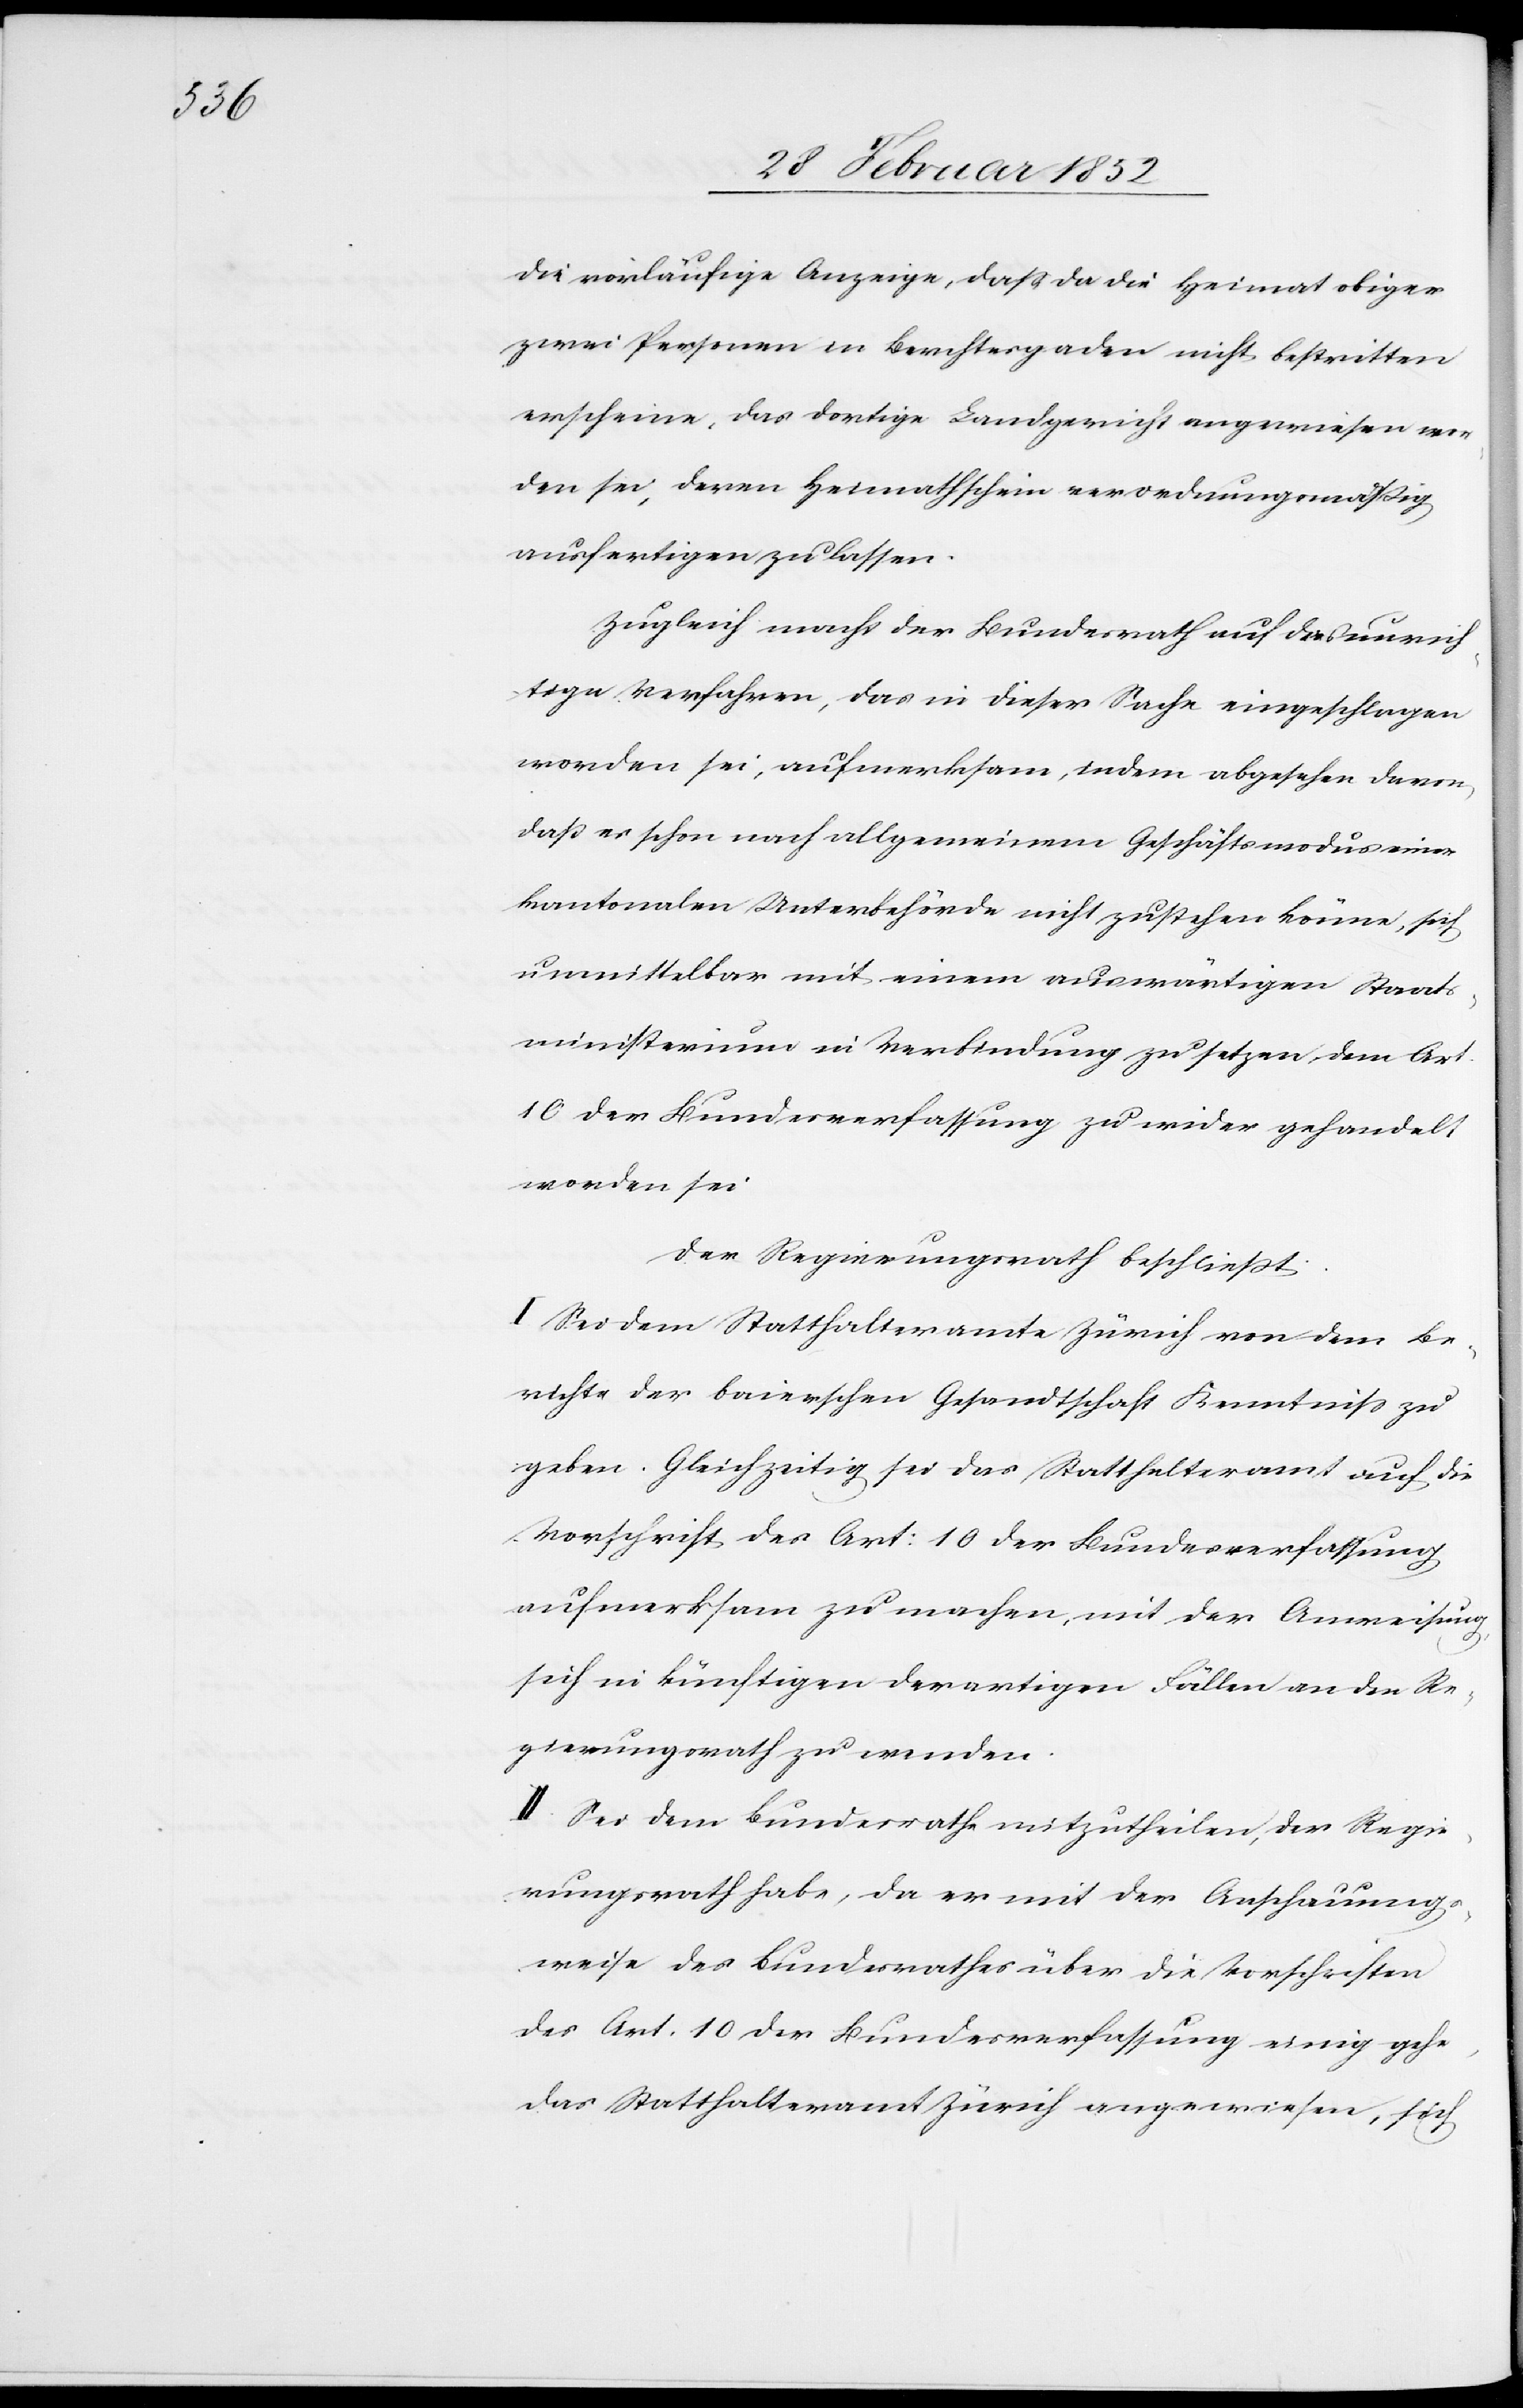
die vorläufige Anzeige, daß da die Heimat obiger
zwei Personen in Berchtergaden nicht bestritten
erscheine, das dortige Landgericht angewiesen wor¬
den sei, deren Heimathschein verordnungsmäßig
ausfertigen zu lassen.
Zugleich macht der Bundesrath auf das unrich¬
tige Verfahren, das in dieser Sache eingeschlagen
worden sei, aufmerksam, indem abgesehen davon,
daß es schon nach allgemeinem Geschäftsmodus einer
kantonalen Unterbehörde nicht zustehen könne, sich
unmittelbar mit einem auswärtigen Staats¬
ministerium in Verbindung zu setzen, dem Art.
10 der Bundesverfassung zuwider gehandelt
worden sei.
Der Regierungsrath beschließt:
I. Sei dem Statthalteramte Zürich von dem Be¬
richte der baierschen Gesandtschaft Kenntniß zu
geben. Gleichzeitig sei das Statthalteramt auf die
Vorschrift des Art: 10 der Bundesverfassung
aufmerksam zu machen, mit der Anweisung
sich in künftigen derartigen Fällen an den Re¬
gierungsrath zu wenden.
II. Sei dem Bundesrathe mitzutheilen, der Regie¬
rungsrath habe, da er mit der Anschauungs¬
weise des Bundesrathes über die Vorschriften
des Art. 10 der Bundesverfassung einig gehe,
das Statthalteramt Zürich angewiesen, sich